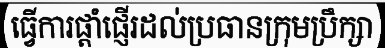
ធ្វើការផ្តាំផ្ញើរដល់ប្រធានក្រុមប្រឹក្សា